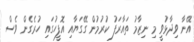
އޭނާ ވިދާޅުވީ މި ނިޒާމު ތައާރަފު ކުރުމުން ގޭގަޔާއި އޮފީހުގައި ހުރެގެން ވެސް